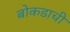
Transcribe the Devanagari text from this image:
बोकडाची